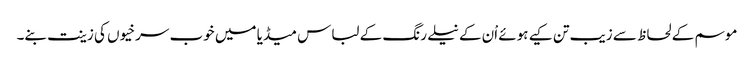
موسم کے لحاظ سے زیب تن کیے ہوئے اْن کے نیلے رنگ کے لباس میڈیا میں خوب سرخیوں کی زینت بنے۔